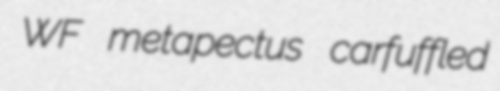
WF metapectus carfuffled